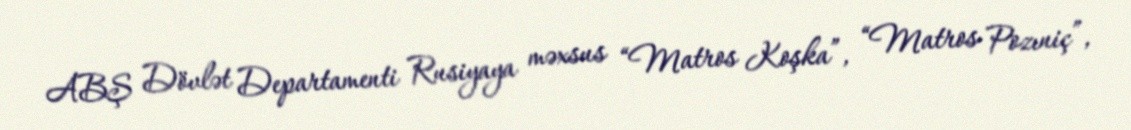
ABŞ Dövlət Departamenti Rusiyaya məxsus “Matros Koşka”, “Matros Pozıniç”,